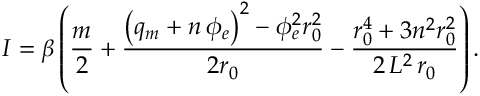
I = \beta \left( \frac { m } { 2 } + \frac { \left( q _ { m } + n \, \phi _ { e } \right) ^ { 2 } - \phi _ { e } ^ { 2 } r _ { 0 } ^ { 2 } } { 2 r _ { 0 } } - \frac { r _ { 0 } ^ { 4 } + 3 n ^ { 2 } r _ { 0 } ^ { 2 } } { 2 \, L ^ { 2 } \, r _ { 0 } } \right) .